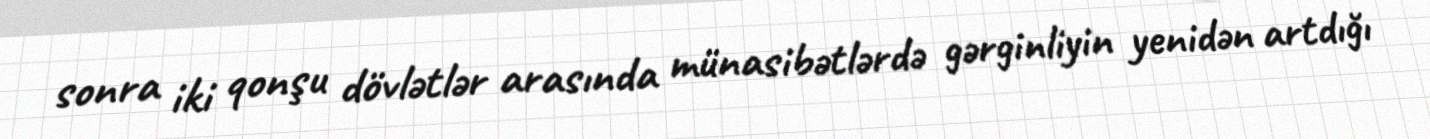
sonra iki qonşu dövlətlər arasında münasibətlərdə gərginliyin yenidən artdığı